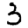
Digit: 3